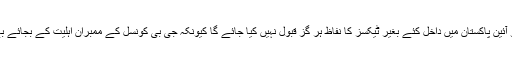
گلگت بلتستان کی عوام کو آئین پاکستان میں داخل کئے بغیر ٹیکسز کا نفاظ ہر گز قبول نہیں کیا جائے گا کیونکہ جی بی کونسل کے ممبران اہلیت کے بجائے بے اختیاری کا شکار ہیں ۔